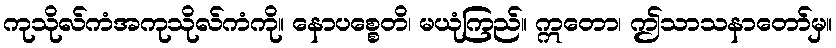
ကုသိုလ်ကံအကုသိုလ်ကံကို။ နောပစ္စေတိ၊ မယုံကြည်။ ဣတော၊ ဤသာသနာတော်မှ။